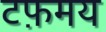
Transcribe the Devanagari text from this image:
टफ़मय